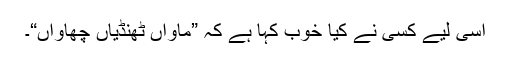
اسی لیے کسی نے کیا خوب کہا ہے کہ ”ماواں ٹھنڈیاں چھاواں“۔